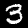
Digit: 3